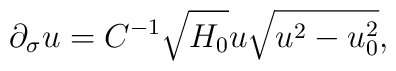
\partial_\sigma u = C^{-1} \sqrt{H_0} u \sqrt{u^2-u_0^2},